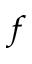
^ { f }